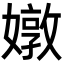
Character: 𡡬